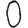
Digit: 0